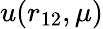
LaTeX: u(r_{12},\mu)